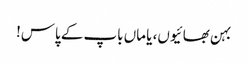
بہن بھائیوں، یا ماں باپ کے پاس!